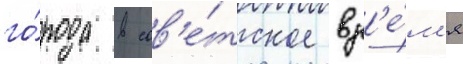
го́рода в сов'е́тское вр'е́м'я